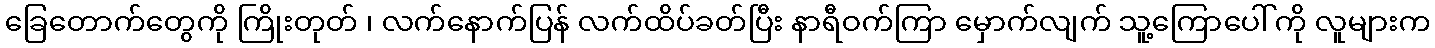
ခြေတောက်တွေကို ကြိုးတုတ် ၊ လက်နောက်ပြန် လက်ထိပ်ခတ်ပြီး နာရီဝက်ကြာ မှောက်လျက် သူ့ကြောပေါ်ကို လူများက